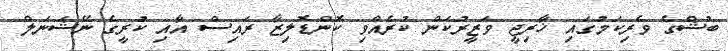
ބުޝްގެ ވެރިކަމުގައި ޚާރިޖީ ވަޒީރުކަން ކުރެއްވި ކޮންޑޮލިޒާ ރައިސް އާއި ކުރީގެ ނޭޝަނަލް